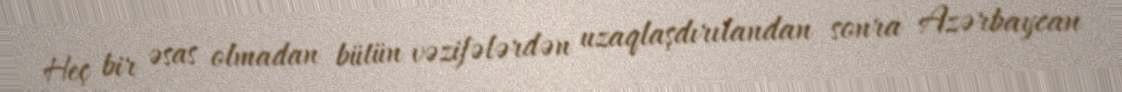
Heç bir əsas olmadan bütün vəzifələrdən uzaqlaşdırılandan sonra Azərbaycan